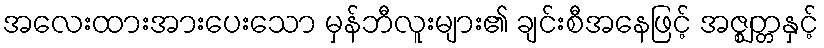
အလေးထားအားပေးသော မှန်ဘီလူးများ၏ ချင်းစီအနေဖြင့် အဇ္ဈတ္တနှင့်